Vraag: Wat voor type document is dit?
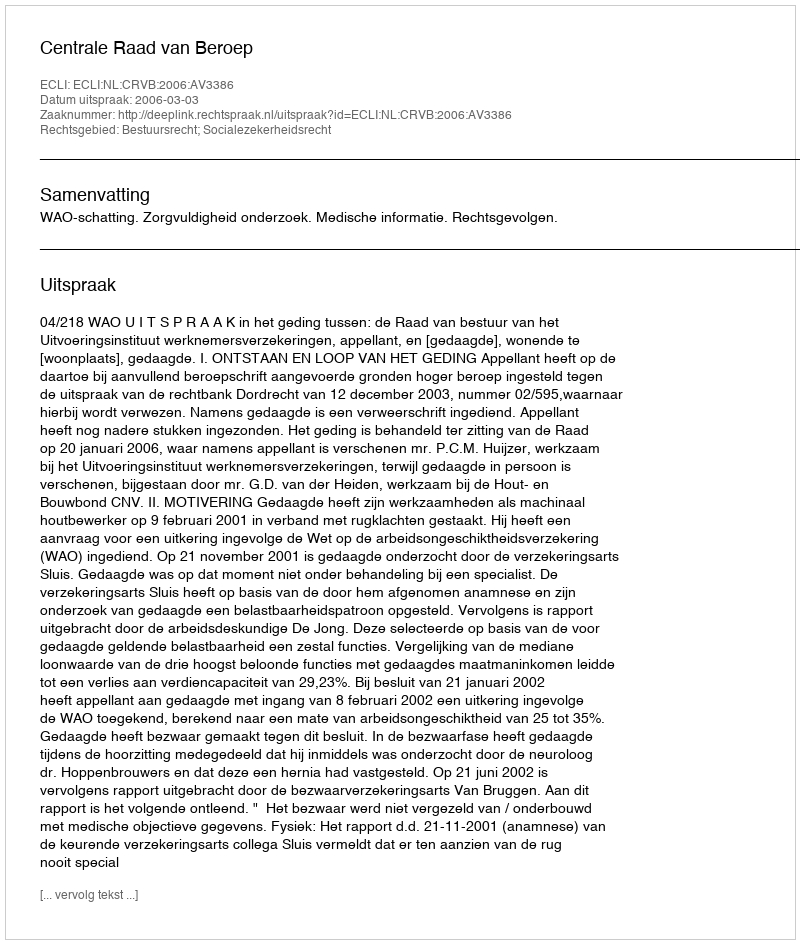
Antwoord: Uitspraak